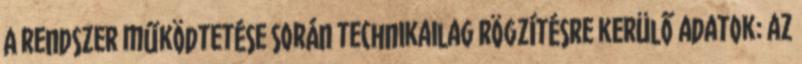
A rendszer működtetése során technikailag rögzítésre kerülő adatok: az